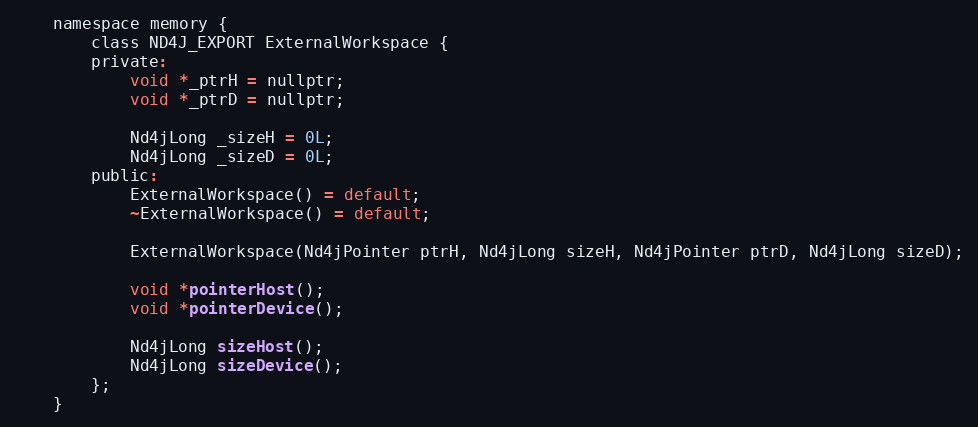
Language: C
    namespace memory {
        class ND4J_EXPORT ExternalWorkspace {
        private:
            void *_ptrH = nullptr;
            void *_ptrD = nullptr;

            Nd4jLong _sizeH = 0L;
            Nd4jLong _sizeD = 0L;
        public:
            ExternalWorkspace() = default;
            ~ExternalWorkspace() = default;

            ExternalWorkspace(Nd4jPointer ptrH, Nd4jLong sizeH, Nd4jPointer ptrD, Nd4jLong sizeD);

            void *pointerHost();
            void *pointerDevice();

            Nd4jLong sizeHost();
            Nd4jLong sizeDevice();
        };
    }